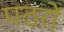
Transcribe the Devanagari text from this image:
पठरों